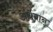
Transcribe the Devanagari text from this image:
अर्थवान्